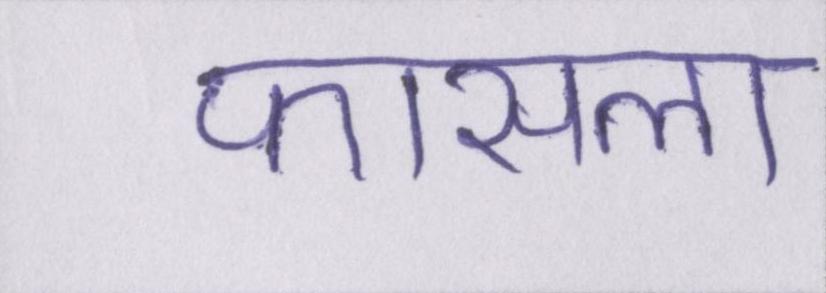
फासला